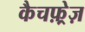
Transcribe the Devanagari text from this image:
कैचफ़्रेज़